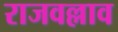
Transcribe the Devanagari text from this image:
राजवल्लाव